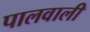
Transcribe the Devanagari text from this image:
पालवाली